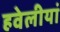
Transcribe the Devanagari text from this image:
हवेलीयां